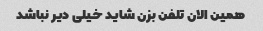
همین الان تلفن بزن شاید خیلی دیر نباشد